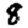
Digit: 8